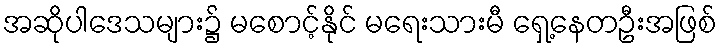
အဆိုပါဒေသများ၌ မစောင့်နိုင် မရေးသားမီ ရှေ့နေတဦးအဖြစ်